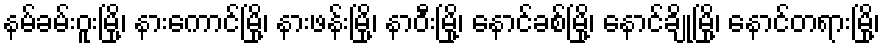
နမ်ခမ်းဝူးမြို့၊ နားကောင်မြို့၊ နားဖန်းမြို့၊ နာဝီးမြို့၊ နောင်ခစ်မြို့၊ နောင်ချိုမြို့၊ နောင်တရားမြို့၊